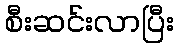
စီးဆင်းလာပြီး